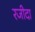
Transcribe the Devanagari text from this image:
रजीदा